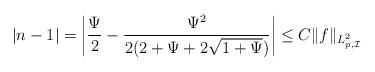
LaTeX: \begin{align*}\left|n -1\right| &= \left|\frac{\Psi}{2}-\frac{\Psi^2}{2(2+\Psi+2\sqrt{1+\Psi})}\right| \le C\|f\|_{L^2_{p,\mathcal{I}}}\end{align*}